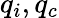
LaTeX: q_{i},q_{c}